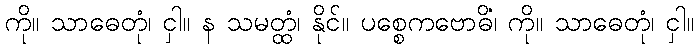
ကို။ သာဓေတုံ၊ ငှါ။ န သမတ္ထံ၊ နိုင်။ ပစ္စေကဗောဓိံ၊ ကို။ သာဓေတုံ၊ ငှါ။